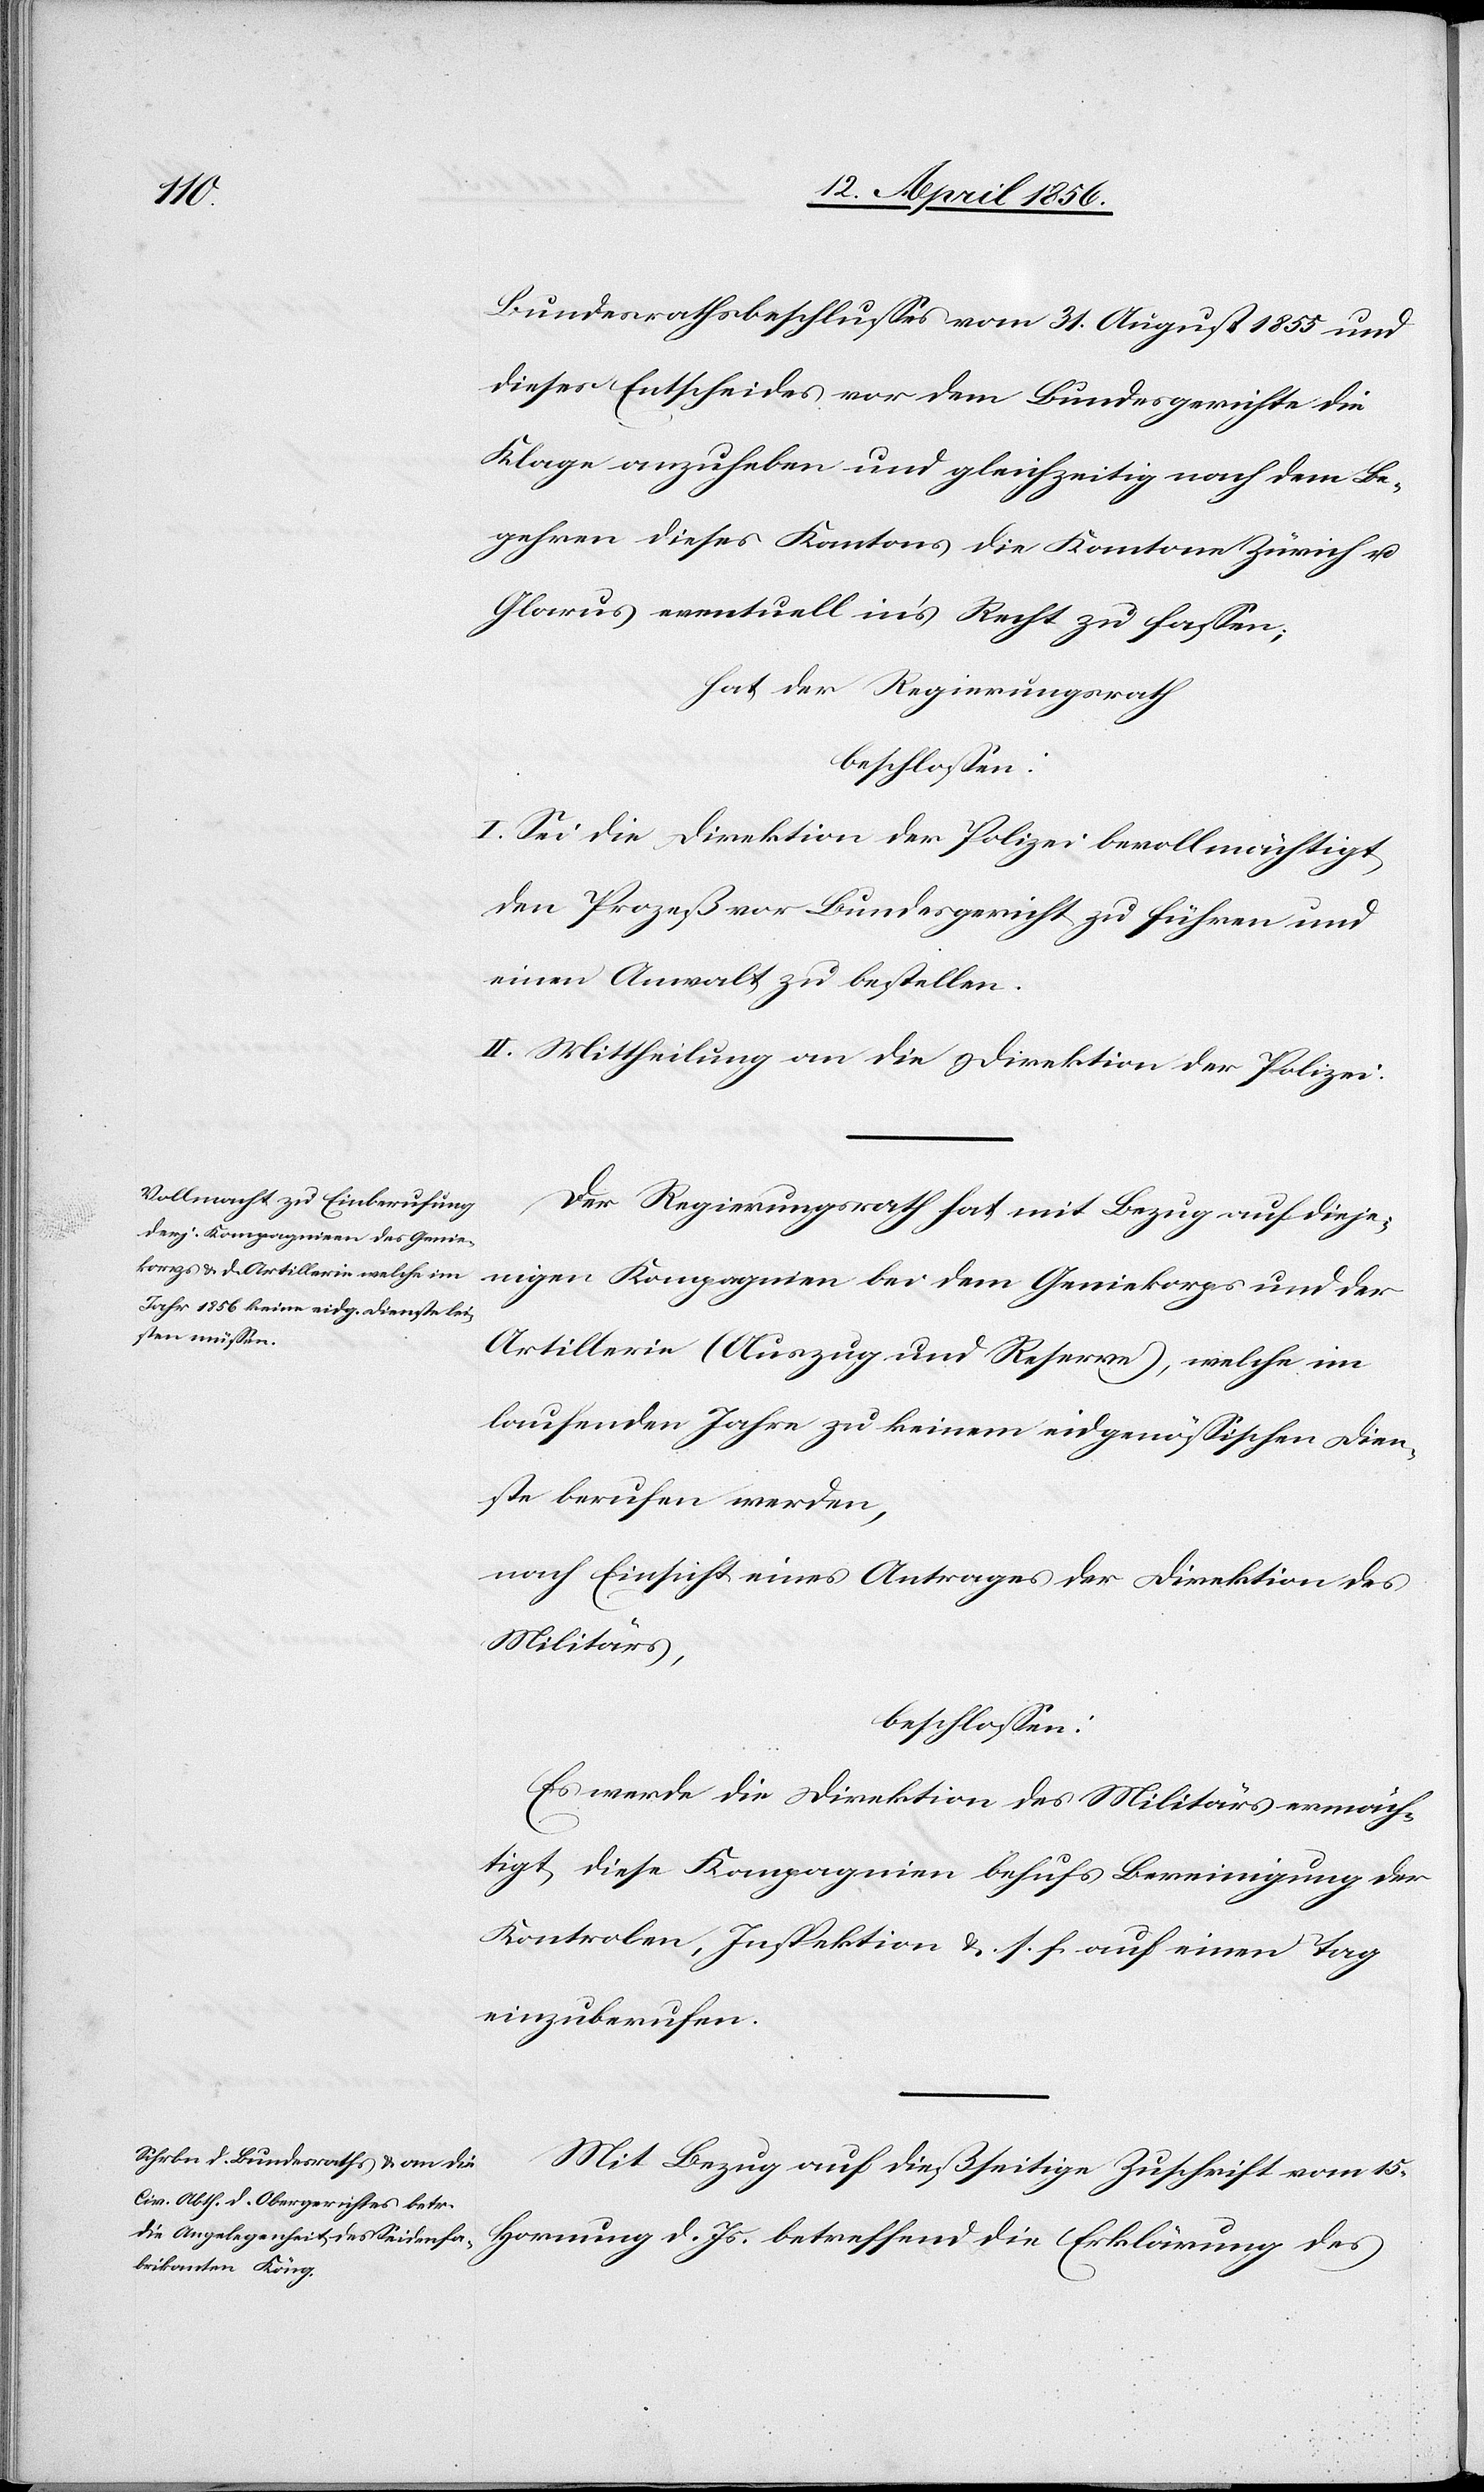
Bundesrathsbeschlusses vom 31. August 1855 und
dieses Entscheides vor dem Bundesgerichte die
Klage anzuheben und gleichzeitig nach dem Be¬
gehren dieses Kantons die Kantone Zürich u.
Glarus eventuell in’s Recht zu fassen;
hat der Regierungsrath
beschlossen:
I. Sei die Direktion der Polizei bevollmächtigt
den Prozeß vor Bundesgericht zu führen und
einen Anwalt zu bestellen.
II. Mittheilung an die Direktion der Polizei.
Der Regierungsrath hat mit Bezug auf dieje¬
nigen Kompagnien [sic!] bei dem Geniekorps und der
Artillerie (Auszug und Reserve), welche im
laufenden Jahre zu keinem eidgenössischen Dien¬
ste berufen werden,
nach Einsicht eines Antrages der Direktion des
Militärs,
beschlossen:
Es werde die Direktion des Militärs ermäch¬
tigt, diese Kompagnien behufs Bereinigung der
Kontrolen, Inspektion &. s. f. auf einen Tag
einzuberufen.
Mit Bezug auf dießseitige Zuschrift vom 15.
Hornung d. Js. betreffend die Erklärung des